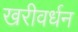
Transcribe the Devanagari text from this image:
खरीवर्धन